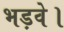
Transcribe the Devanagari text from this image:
भड़वे।